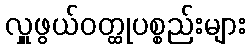
လှူဖွယ်ဝတ္ထုပစ္စည်းများ